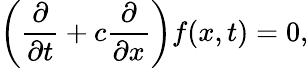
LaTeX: \left(\frac{\partial}{\partial t}+c\frac{\partial}{\partial x}\right)f(x,t)=0,